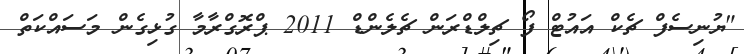
"ޔުނިސެފް ޗެކް އައުޓް ފޯ ޗިލްޑްރަން ޗެލެންޑް 2011 ޕްރޮގްރާމާ ގުޅިގެން މަސައްކަތް